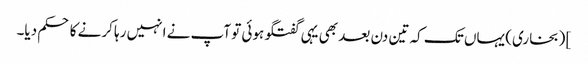
] (بخاری) یہاں تک کہ تین دن بعد بھی یہی گفتگو ہوئی تو آپ نے انہیں رہا کرنے کا حکم دیا۔